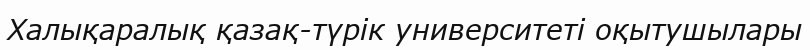
Халықаралық қазақ-түрік университеті оқытушылары